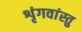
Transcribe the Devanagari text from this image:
शृंगवांस्तु